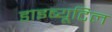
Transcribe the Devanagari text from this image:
डाइब्यूटिल